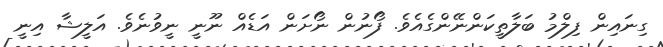
ގިނައިން ފިލްމު ބަލާތީކަންނޭންގެއެވެ. ފޯނުން ނޯށަން އަޑެއް ނޫނީ ނީވުނެވެ. އަލީޝާ އިނީ